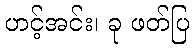
ဟင့်အင်း၊ ခု ဖတ်ပြ